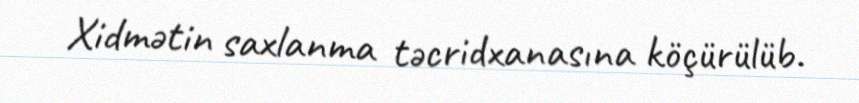
Xidmətin saxlanma təcridxanasına köçürülüb.